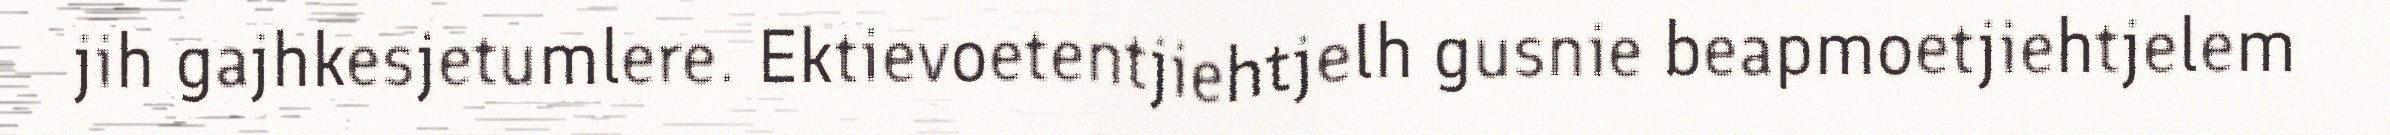
jih gajhkesjetumlere. Ektievoetentjiehtjelh gusnie beapmoetjiehtjelem